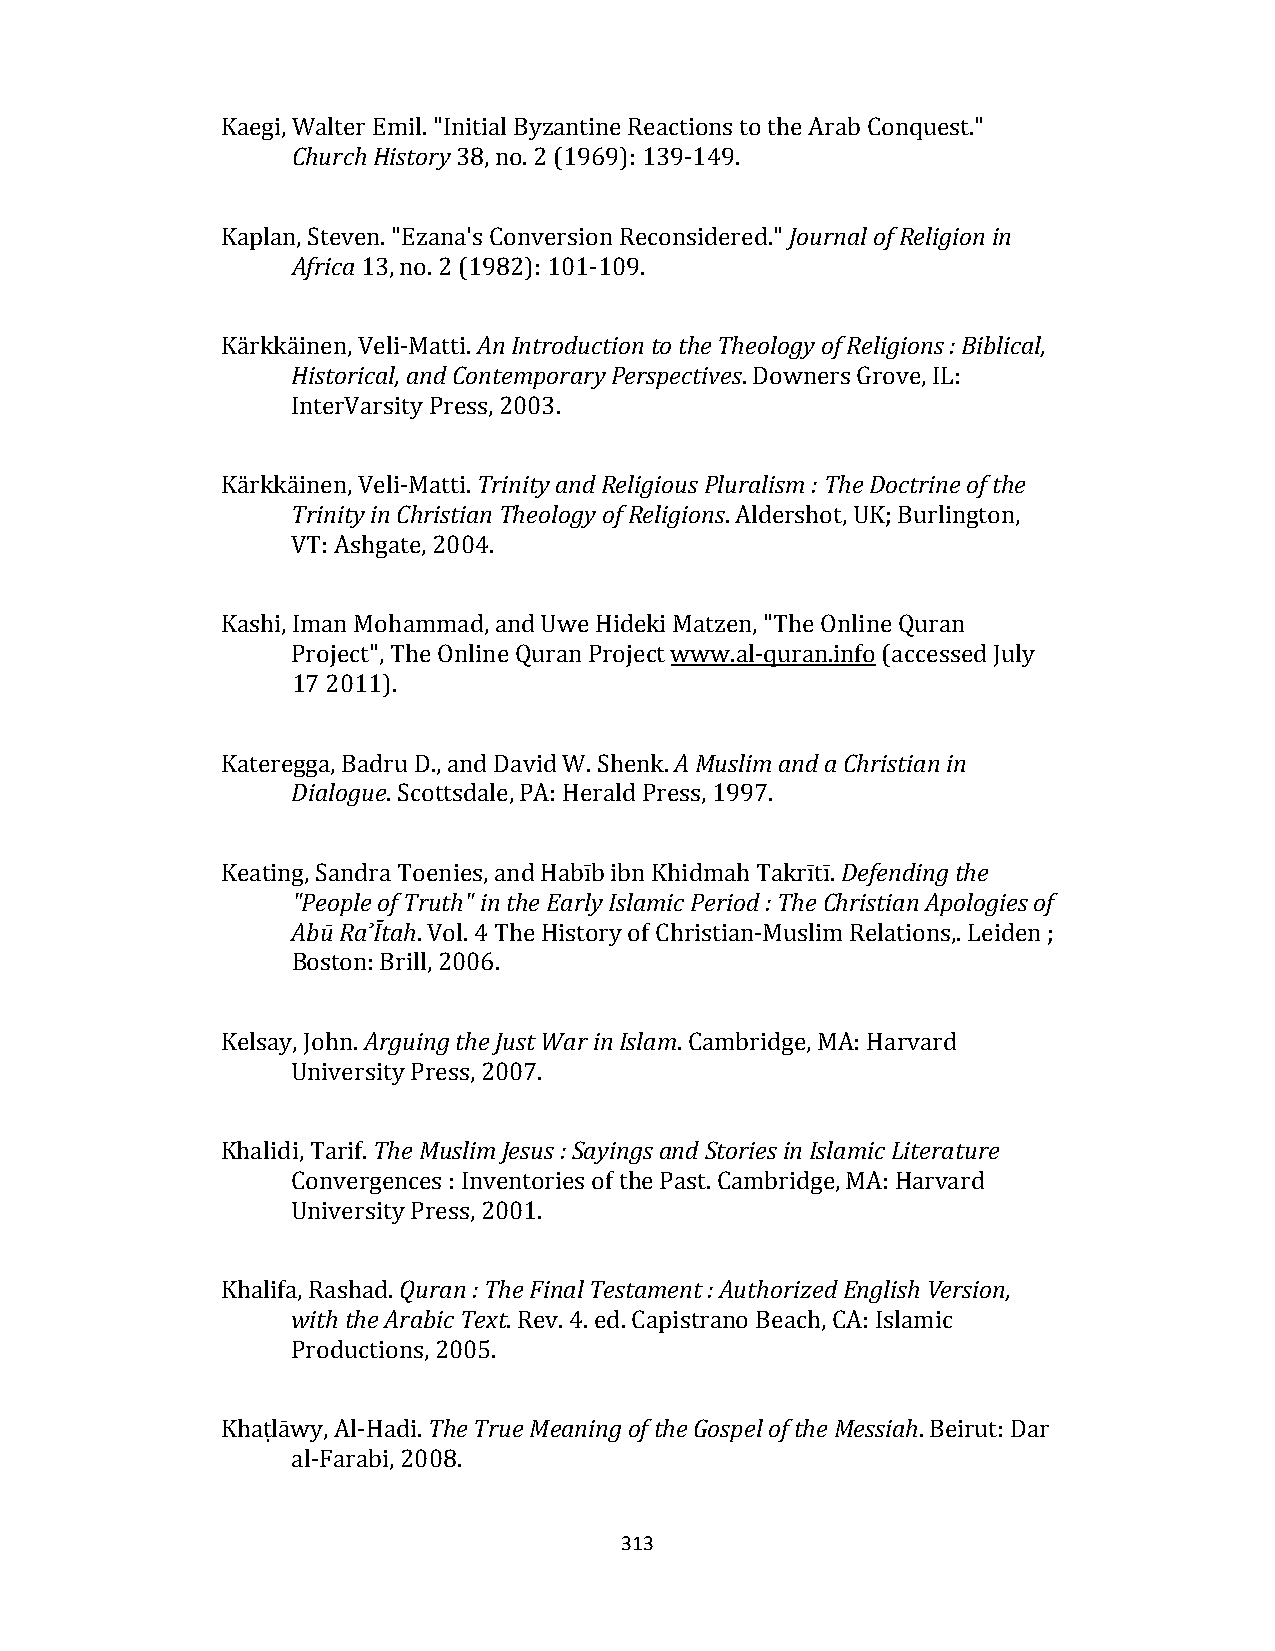
Kaegi, Walter Emil. "Initial Byzantine Reactions to the Arab Conquest."
 Church History 38, no. 2 (1969): 139‐149.
 Kaplan, Steven. "Ezana's Conversion Reconsidered." Journal of Religion in
 Africa 13, no. 2 (1982): 101‐109.
 Kärkkäinen, Veli‐Matti. An Introduction to the Theology of Religions : Biblical,
 Historical, and Contemporary Perspectives. Downers Grove, IL:
 InterVarsity Press, 2003.
 Kärkkäinen, Veli‐Matti. Trinity and Religious Pluralism : The Doctrine of the
 Trinity in Christian Theology of Religions. Aldershot, UK; Burlington,
 VT: Ashgate, 2004.
 Kashi, Iman Mohammad, and Uwe Hideki Matzen, "The Online Quran
 Project", The Online Quran Project www.al‐quran.info (accessed July
 17 2011).
 Kateregga, Badru D., and David W. Shenk. A Muslim and a Christian in
 Dialogue. Scottsdale, PA: Herald Press, 1997.
 Keating, Sandra Toenies, and Habīb ibn Khidmah Takrītī. Defending the
 "People of Truth" in the Early Islamic Period : The Christian Apologies of
 Abū Ra ͗Ītah. Vol. 4 The History of Christian‐Muslim Relations,. Leiden ;
 Boston: Brill, 2006.
 Kelsay, John. Arguing the Just War in Islam. Cambridge, MA: Harvard
 University Press, 2007.
 Khalidi, Tarif. The Muslim Jesus : Sayings and Stories in Islamic Literature
 Convergences : Inventories of the Past. Cambridge, MA: Harvard
 University Press, 2001.
 Khalifa, Rashad. Quran : The Final Testament : Authorized English Version,
 with the Arabic Text. Rev. 4. ed. Capistrano Beach, CA: Islamic
 Productions, 2005.
 Khaṭlāwy, Al‐Hadi. The True Meaning of the Gospel of the Messiah. Beirut: Dar
 al‐Farabi, 2008.
 313